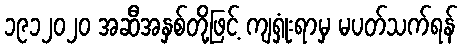
၁၉၁၂၀၂၀ အဆီအနှစ်တို့ဖြင့် ကျရှုံးရာမှ မပတ်သက်ရန်